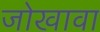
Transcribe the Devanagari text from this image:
जोखावा